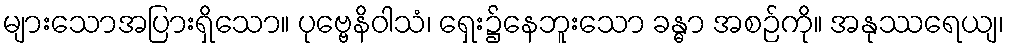
များသောအပြားရှိသော။ ပုဗ္ဗေနိဝါသံ၊ ရှေး၌နေဘူးသော ခန္ဓာ အစဉ်ကို။ အနုဿရေယျ၊